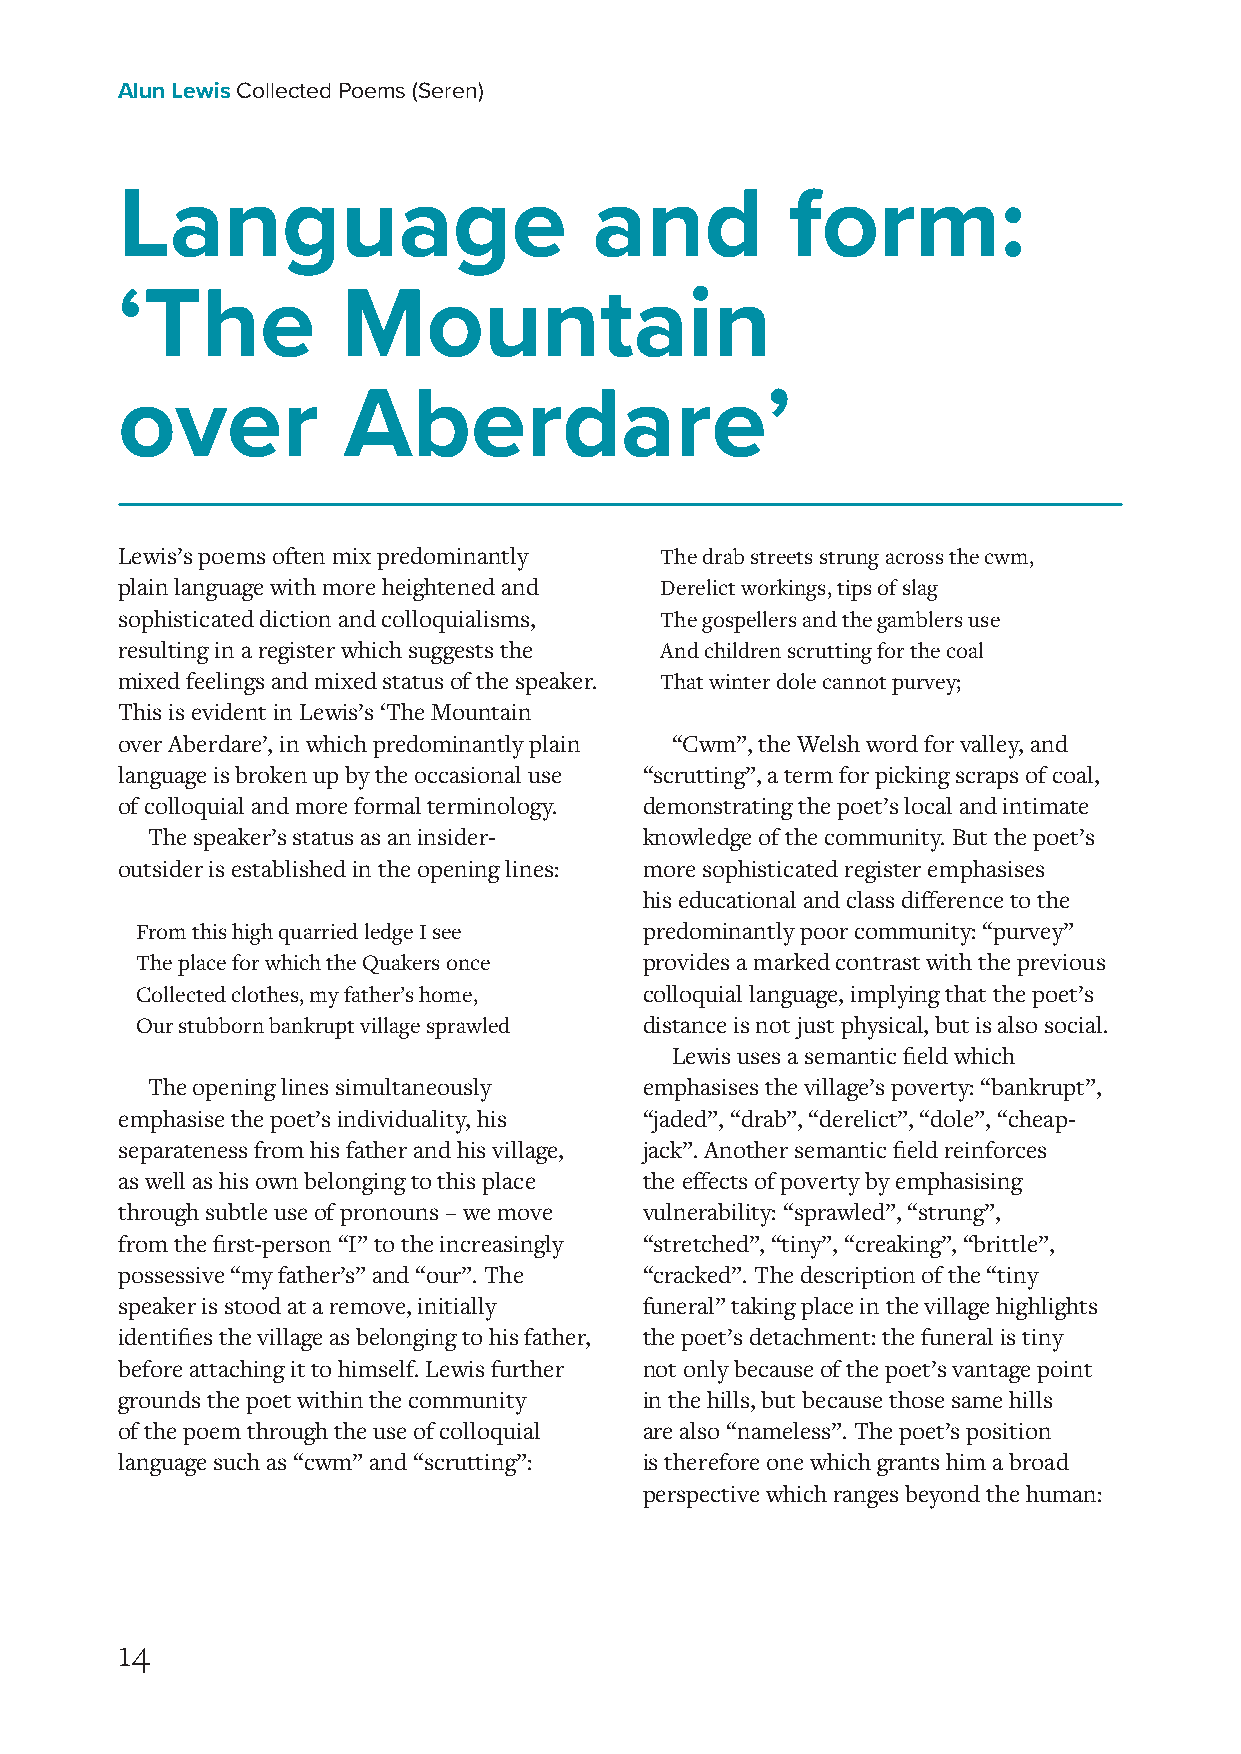
Alun Lewis Collected Poems (Seren)
 Language                       and          form:
 ‘The           Mountain
 over           Aberdare’
 Lewis’s poems often mix predominantly The drab streets strung across the cwm,
 plain language with more heightened and Derelict workings, tips of slag
 sophisticated diction and colloquialisms, The gospellers and the gamblers use
 resulting in a register which suggests the And children scrutting for the coal
 mixed feelings and mixed status of the speaker. That winter dole cannot purvey;
 This is evident in Lewis’s ‘The Mountain
 over Aberdare’, in which predominantly plain “Cwm”, the Welsh word for valley, and
 language is broken up by the occasional use “scrutting”, a term for picking scraps of coal,
 of colloquial and more formal terminology. demonstrating the poet’s local and intimate
 The speaker’s status as an insider- knowledge of the community. But the poet’s
 outsider is established in the opening lines: more sophisticated register emphasises
 his educational and class difference to the
 From this high quarried ledge I see predominantly poor community: “purvey”
 The place for which the Quakers once provides a marked contrast with the previous
 Collected clothes, my father’s home, colloquial language, implying that the poet’s
 Our stubborn bankrupt village sprawled distance is not just physical, but is also social.
 Lewis uses a semantic field which
 The opening lines simultaneously emphasises the village’s poverty: “bankrupt”,
 emphasise the poet’s individuality, his “jaded”, “drab”, “derelict”, “dole”, “cheap-
 separateness from his father and his village, jack”. Another semantic field reinforces
 as well as his own belonging to this place the effects of poverty by emphasising
 through subtle use of pronouns – we move vulnerability: “sprawled”, “strung”,
 from the first-person “I” to the increasingly “stretched”, “tiny”, “creaking”, “brittle”,
 possessive “my father’s” and “our”. The “cracked”. The description of the “tiny
 speaker is stood at a remove, initially funeral” taking place in the village highlights
 identifies the village as belonging to his father, the poet’s detachment: the funeral is tiny
 before attaching it to himself. Lewis further not only because of the poet’s vantage point
 grounds the poet within the community in the hills, but because those same hills
 of the poem through the use of colloquial are also “nameless”. The poet’s position
 language such as “cwm” and “scrutting”: is therefore one which grants him a broad
 perspective which ranges beyond the human:
 14